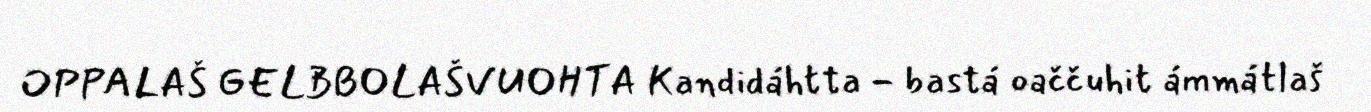
OPPALAŠ GELBBOLAŠVUOHTA Kandidáhtta - bastá oaččuhit ámmátlaš